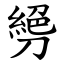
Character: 㔃